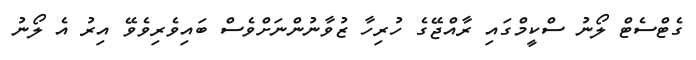
ގެޓްސެޓް ލޯނު ސްކީމްގައި ރާއްޖޭގެ ހުރިހާ ޒުވާނުންނަށްވެސް ބައިވެރިވެވޭ އިރު އެ ލޯނު